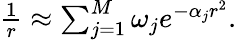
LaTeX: \begin{array}{r}{\frac{1}{r}\approx\sum_{j=1}^{M}\omega_{j}e^{-\alpha_{j}r^{2}}.}\end{array}